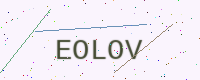
Text: EOLOV